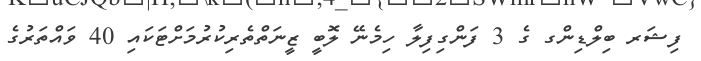
ފިޝަރ ބިލްޑިންގ ގެ 3 ފަންގިފިލާ ހިމެނޭ ލޮބީ ޒީނަތްތެރިކުރުމަށްޓަކައި 40 ވައްތަރުގެ